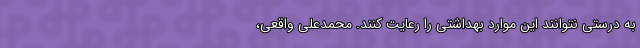
به درستی نتوانند این موارد بهداشتی را رعایت کنند. محمدعلی واقعی،